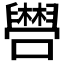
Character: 𫬴